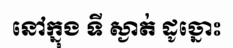
នៅក្នុង ទី ស្ងាត់ ដូច្នោះ